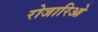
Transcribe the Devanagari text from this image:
रोजारिओ